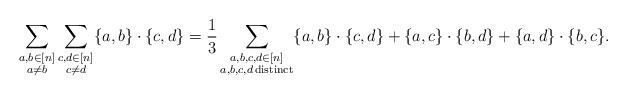
LaTeX: \begin{align*}\sum_{\substack{a,b \in [n] \\ a \neq b}} \sum_{\substack{c,d \in [n] \\ c \neq d}} \{a,b\} \cdot \{c,d\} =\frac{1}{3} \sum_{\substack{a,b,c,d \in [n]\\ a,b,c,d \,\mathrm{ distinct}}} \{a,b\} \cdot \{c,d\} + \{a,c\} \cdot \{b,d\} + \{a,d\} \cdot \{b,c\}.\end{align*}